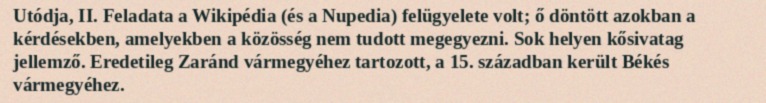
Utódja, II. Feladata a Wikipédia (és a Nupedia) felügyelete volt; ő döntött azokban a kérdésekben, amelyekben a közösség nem tudott megegyezni. Sok helyen kősivatag jellemző. Eredetileg Zaránd vármegyéhez tartozott, a 15. században került Békés vármegyéhez.